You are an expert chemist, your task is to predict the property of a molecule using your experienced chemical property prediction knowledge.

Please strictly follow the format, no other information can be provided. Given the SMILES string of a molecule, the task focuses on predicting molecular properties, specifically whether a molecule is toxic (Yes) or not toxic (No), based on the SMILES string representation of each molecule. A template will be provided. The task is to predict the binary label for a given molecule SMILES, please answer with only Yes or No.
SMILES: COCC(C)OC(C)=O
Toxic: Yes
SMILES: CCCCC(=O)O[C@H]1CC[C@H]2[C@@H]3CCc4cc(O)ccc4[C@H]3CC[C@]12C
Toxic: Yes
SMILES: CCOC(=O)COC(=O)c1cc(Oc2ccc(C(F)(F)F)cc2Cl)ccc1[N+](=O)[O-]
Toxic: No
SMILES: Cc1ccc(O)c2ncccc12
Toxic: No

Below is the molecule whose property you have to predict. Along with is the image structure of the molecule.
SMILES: Cn1cc(NC(=O)c2cc(NC(=O)c3cc(NC=O)cn3C)cn2C)cc1C(=O)NCCC(=N)N
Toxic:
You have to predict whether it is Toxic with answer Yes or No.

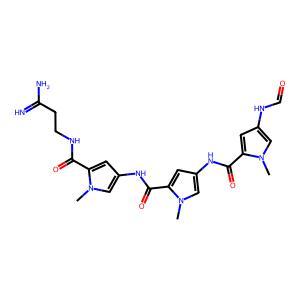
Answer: No